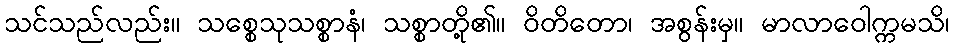
သင်သည်လည်း။ သစ္စေသုသစ္စာနံ၊ သစ္စာတို့၏။ ဝိတိတော၊ အစွန်းမှ။ မာလာဝေါက္ကမသိ၊